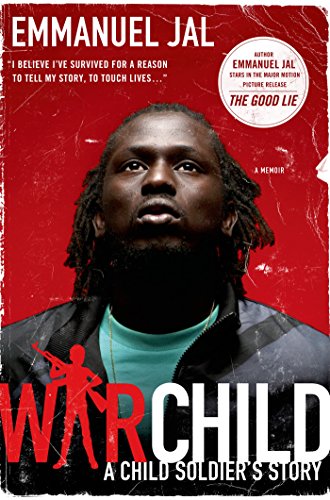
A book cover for War Child: A Child Soldier's Story; Emmanuel Jal; Biographies & Memoirs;